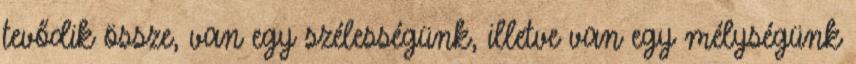
tevődik össze, van egy szélességünk, illetve van egy mélységünk